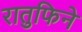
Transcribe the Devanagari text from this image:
रातुफिने